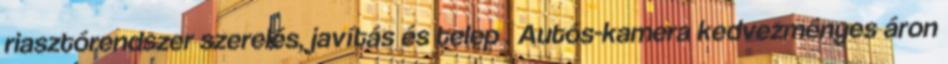
riasztórendszer szerelés, javítás és telep . Autós-kamera kedvezményes áron